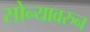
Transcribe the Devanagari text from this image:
सोन्यावरुन